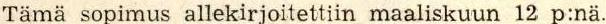
Tämä sopimus allekirjoitettiin maaliskuun 12 p:nä.